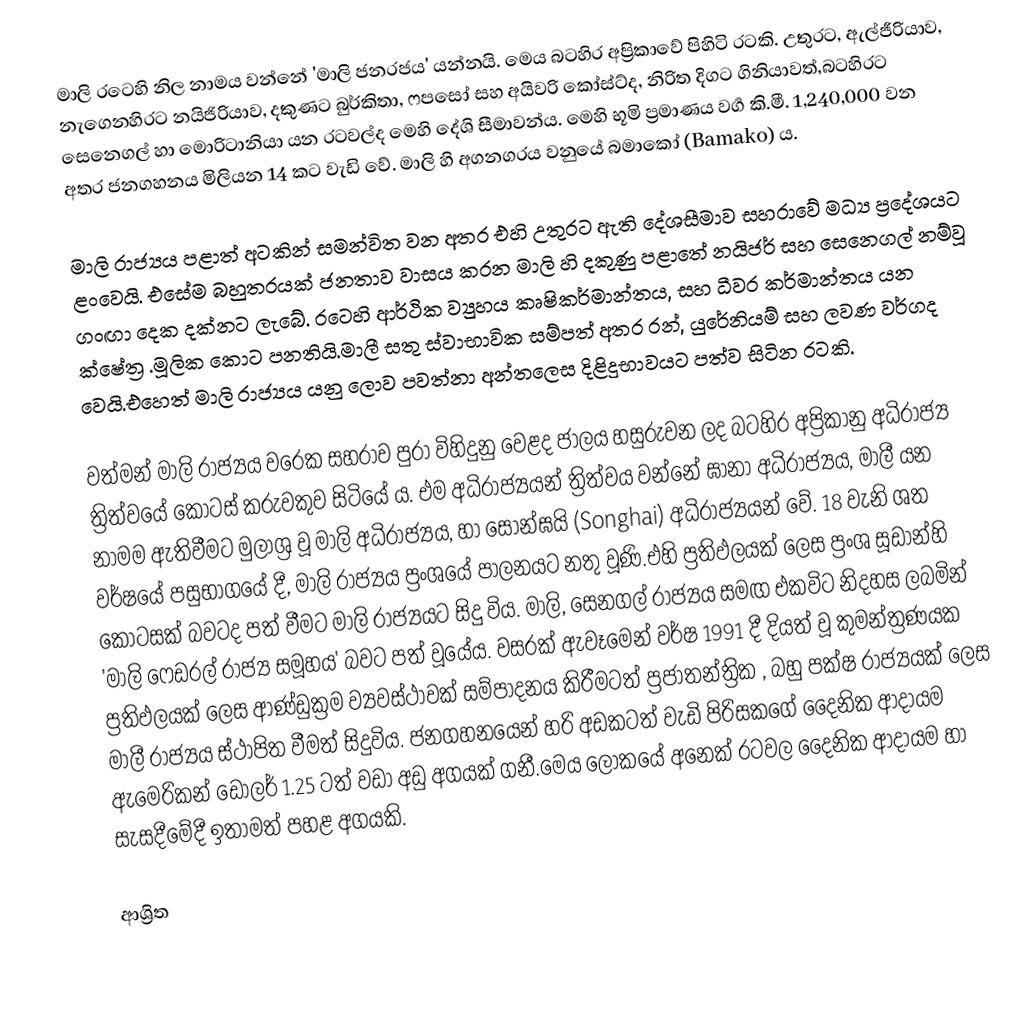
මාලි රටෙහි නිල නාමය වන්නේ 'මාලි ජනරජය' යන්නයි. මෙය බටහිර අප්‍රිකාවේ පිහිටි රටකි. උතුරට, ඇල්ජීරියාව, නැගෙනහිරට නයිජිරියාව, දකුණට බුර්කිතා, ෆපසෝ සහ අයිවරි කෝස්ට්ද, නිරිත දිගට ගිනියාවත්,බටහිරට සෙනෙගල් හා මොරි‍ටානියා යන රටවල්ද මෙහි දේශි සීමාවන්ය. මෙහි භූමි ප්‍රමාණය වර්‍ග කි.මී. 1,240,000 වන අතර ජනගහනය මිලියන 14 කට වැඩි වේ. මාලි හි අගනගරය වනුයේ බමාකෝ (Bamako) ය.

මාලි රාජ්‍යය පළාත් අටකින් සමන්විත වන අතර එහි උතුරට ඇති දේශසීමාව සහරාවේ මධ්‍ය ප්‍රදේශයට ළංවෙයි. එසේම බහුතරයක් ජනතාව වාසය කරන මාලි හි දකුණු පළාතේ නයිජර් සහ සෙනෙගල් නම්වූ ගංඟා දෙක දක්නට ලැබේ. රටෙහි ආර්ථික ව්‍යුහය කෘෂිකර්මාන්තය, සහ ධීවර කර්මාන්තය යන ක්ෂේත්‍ර .මූලික කොට පනතියි.මාලී සතු ස්වාභාවික සම්පත් අතර රන්, යුරේනියම් සහ ලවණ වර්ගද වෙයි.එහෙත් මාලි රාජ්‍යය යනු ලොව පවත්නා අන්තලෙස දිළිදුභාවයට පත්ව සිටින රටකි.

වත්මන් මාලි රාජ්‍යය වරෙක සහරාව පුරා විහිදුනු වෙළද ජාලය හසුරුවන ලද බටහිර අප්‍රිකානු අධිරාජ්‍ය ත්‍රිත්වයේ කොටස් කරුවකුව සිටියේ ය. එම අධිරාජ්‍යයන් ත්‍රිත්වය වන්නේ ඝානා අධිරාජ්‍යය, මාලී යන නාමම ඇතිවීමට මුලාශ්‍ර වූ මාලි අධිරාජ්‍යය, හා ‍සොන්ඝයි (Songhai) අධිරාජ්‍යයන් වේ. 18 වැනි ශත වර්ෂයේ පසුභාගයේ දී, මාලි රාජ්‍යය ප්‍රංශයේ පාලනයට නතු වූණි.එහි ප්‍රතිඵලයක් ලෙස ප්‍රංශ සූඩාන්හි කොටසක් බවටද පත් වීමට මාලි රාජ්‍යයට සිදු විය. මාලි, සෙනගල් රාජ්‍යය සමඟ එකවිට නිදහස ලබමින් 'මාලි ෆෙඩරල් රාජ්‍ය සමූහය' බවට පත් වූයේය. වසරක් ඇවෑමෙන් වර්ෂ 1991 දී දියත් වූ කුමන්ත්‍රණයක ප්‍රතිඵලයක් ලෙස ආණ්ඩුක්‍රම ව්‍යවස්ථාවක් සම්පාදනය කිරීමටත් ප්‍රජාතන්ත්‍රික , බහු පක්ෂ රාජ්‍යයක් ලෙස මාලී රාජ්‍යය ස්ථාපිත වීමත් සිදුවිය. ජනගහනයෙන් හරි අඩකටත් වැඩි පිරිසකගේ දෛනික ආදායම ඇමෙරිකන් ඩොලර් 1.25 ටත් වඩා අඩු අගයක් ගනී.මෙය ලෝකයේ අනෙක් රටවල දෛනික ආදායම හා සැසදීමේදී ඉතාමත් පහළ අගයකි.

ආශ්‍රිත